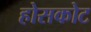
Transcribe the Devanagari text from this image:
होसकोट